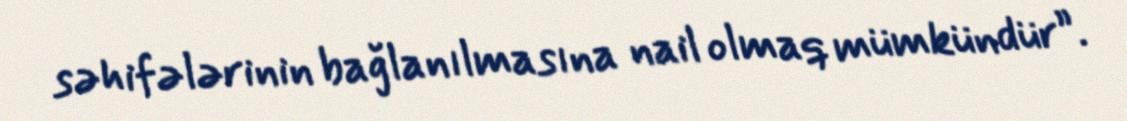
səhifələrinin bağlanılmasına nail olmaq mümkündür”.